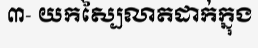
៣- យកស្បៃលាតដាក់ក្នុង